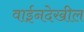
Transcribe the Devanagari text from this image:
वाईनदेखील